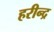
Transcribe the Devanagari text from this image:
हरीन्द्र